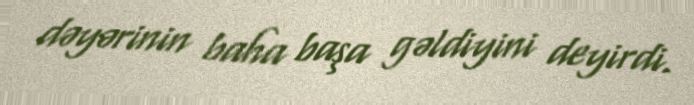
dəyərinin baha başa gəldiyini deyirdi.